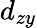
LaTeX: d_{zy}